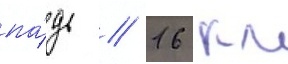
па́дь / 16 км